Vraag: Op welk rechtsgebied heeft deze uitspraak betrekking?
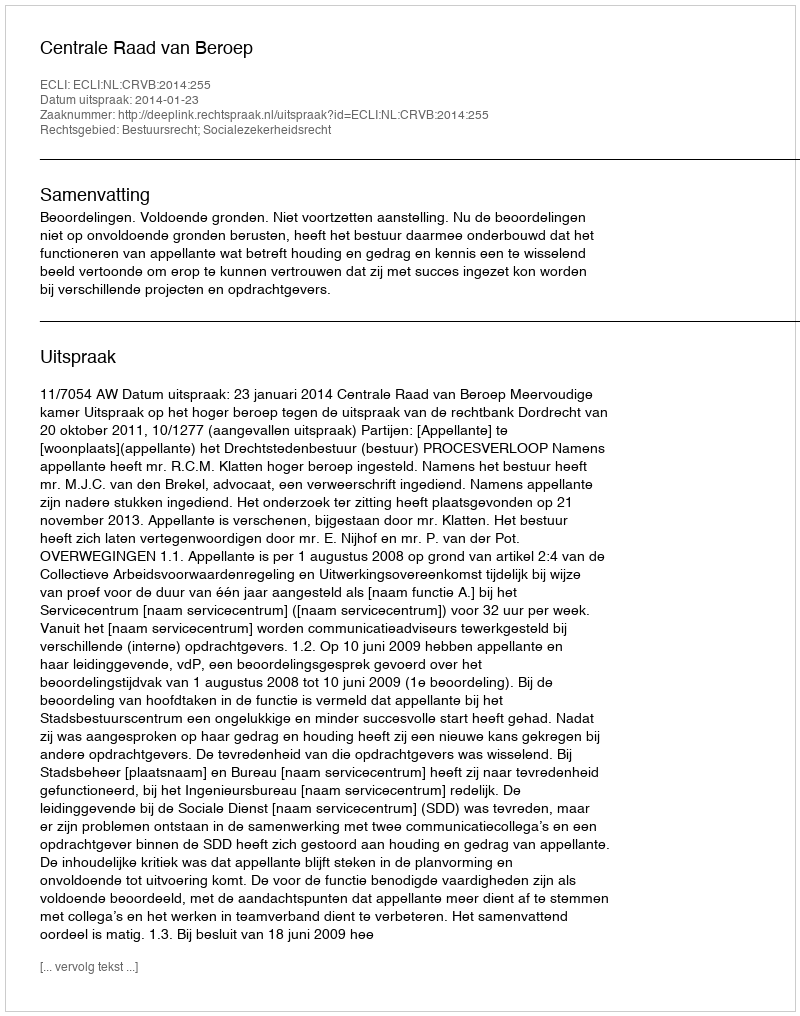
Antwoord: Bestuursrecht; Socialezekerheidsrecht